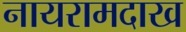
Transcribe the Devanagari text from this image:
नायरामदाख